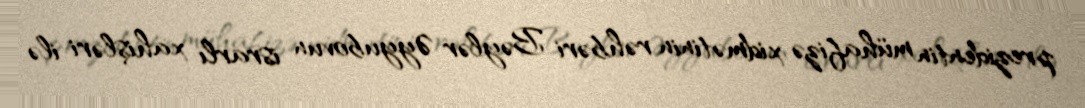
prezidentin mühafizə xidmətinin rəhbəri Bəylər Əyyubovun israrlı xahişləri ilə